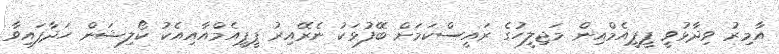
އާމިރު ވިދާޅުވީ ޕީޕީއެމްއިން މަޖިލީހުގެ ރައީސްކަމަށް ބޭފުޅަކު ނެރޭއިރު ޕީޕީއެމްއާއިއެކު ކޯލިޝަން ހަދާފައިވާ